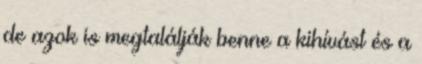
de azok is megtalálják benne a kihívást és a